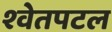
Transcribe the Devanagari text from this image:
श्‍वेतपटल